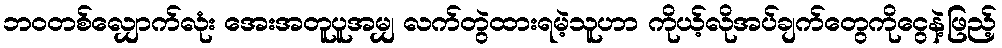
ဘဝတစ်လျှောက်လုံး အေးအတူပူအမျှ လက်တွဲထားရမဲ့သူဟာ ကိုယ့်လိုအပ်ချက်တွေကိုငွေနဲ့ဖြည့်